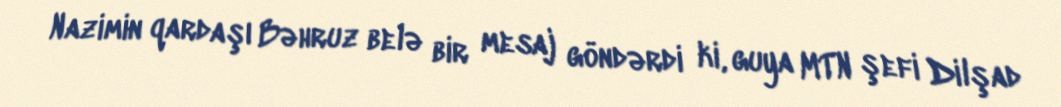
Nazimin qardaşı Bəhruz belə bir mesaj göndərdi ki, guya MTN şefi Dilşad